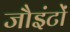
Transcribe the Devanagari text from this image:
जौइंटों